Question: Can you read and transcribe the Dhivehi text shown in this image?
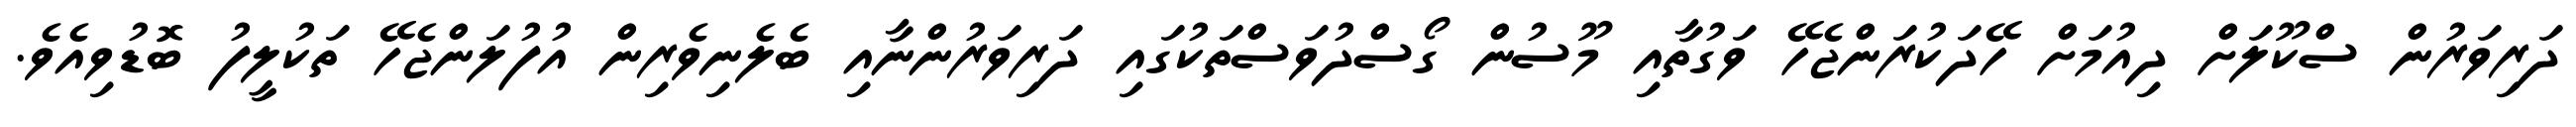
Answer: ދަރިވަރުން ސްކޫލަށް ދިއުމަށް ހޭދަކުރަންޖެހޭ ވަގުތާއި މޫސުން ގޯސްދުވަސްތަކުގައި ދަރިވަރުންނާއި ބެލެނިވެރިން އުފުލަންޖެހޭ ތަކުލީފު ބޮޑުވިއެވެ.